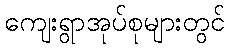
ကျေးရွာအုပ်စုများတွင်